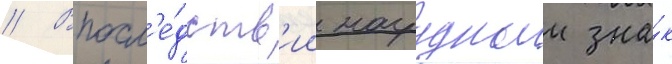
// Впосл'е́дств'ии нагрудныи зна́к